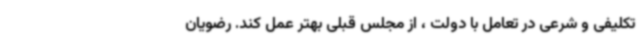
تکلیفی و شرعی در تعامل با دولت ، از مجلس قبلی بهتر عمل کند. رضویان